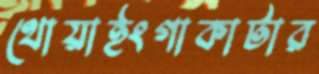
থোয়াইংগাকাটার